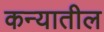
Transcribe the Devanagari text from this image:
कन्यातील